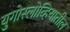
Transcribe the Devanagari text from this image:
युगोस्लोव्हियातील